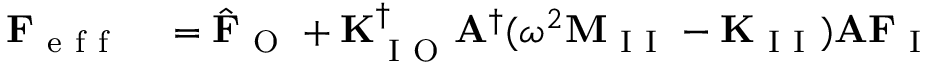
\begin{array} { r l } { \mathbf { F } _ { \mathrm { ~ e ~ f ~ f ~ } } } & { { } = \hat { \mathbf { F } } _ { \mathrm { ~ O ~ } } + \mathbf { K } _ { \mathrm { ~ I ~ O ~ } } ^ { \dagger } \mathbf { A } ^ { \dagger } ( \omega ^ { 2 } \mathbf { M } _ { \mathrm { ~ I ~ I ~ } } - \mathbf { K } _ { \mathrm { ~ I ~ I ~ } } ) \mathbf { A } \mathbf { F } _ { \mathrm { ~ I ~ } } } \end{array}